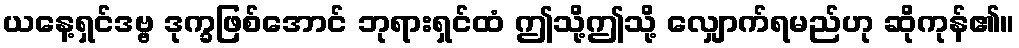
ယနေ့ရှင်ဒဗ္ဗ ဒုက္ခဖြစ်အောင် ဘုရားရှင်ထံ ဤသို့ဤသို့ လျှောက်ရမည်ဟု ဆိုကုန်၏။